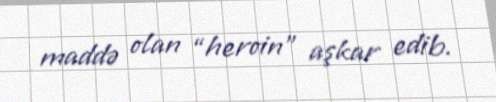
maddə olan “heroin” aşkar edib.